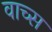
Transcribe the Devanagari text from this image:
वाच्स